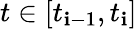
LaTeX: t\in[t_{\mathbf{i}-1},t_{\mathbf{i}}]